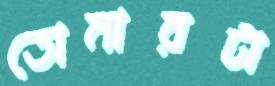
তোমারটা